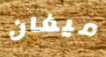
ميغان